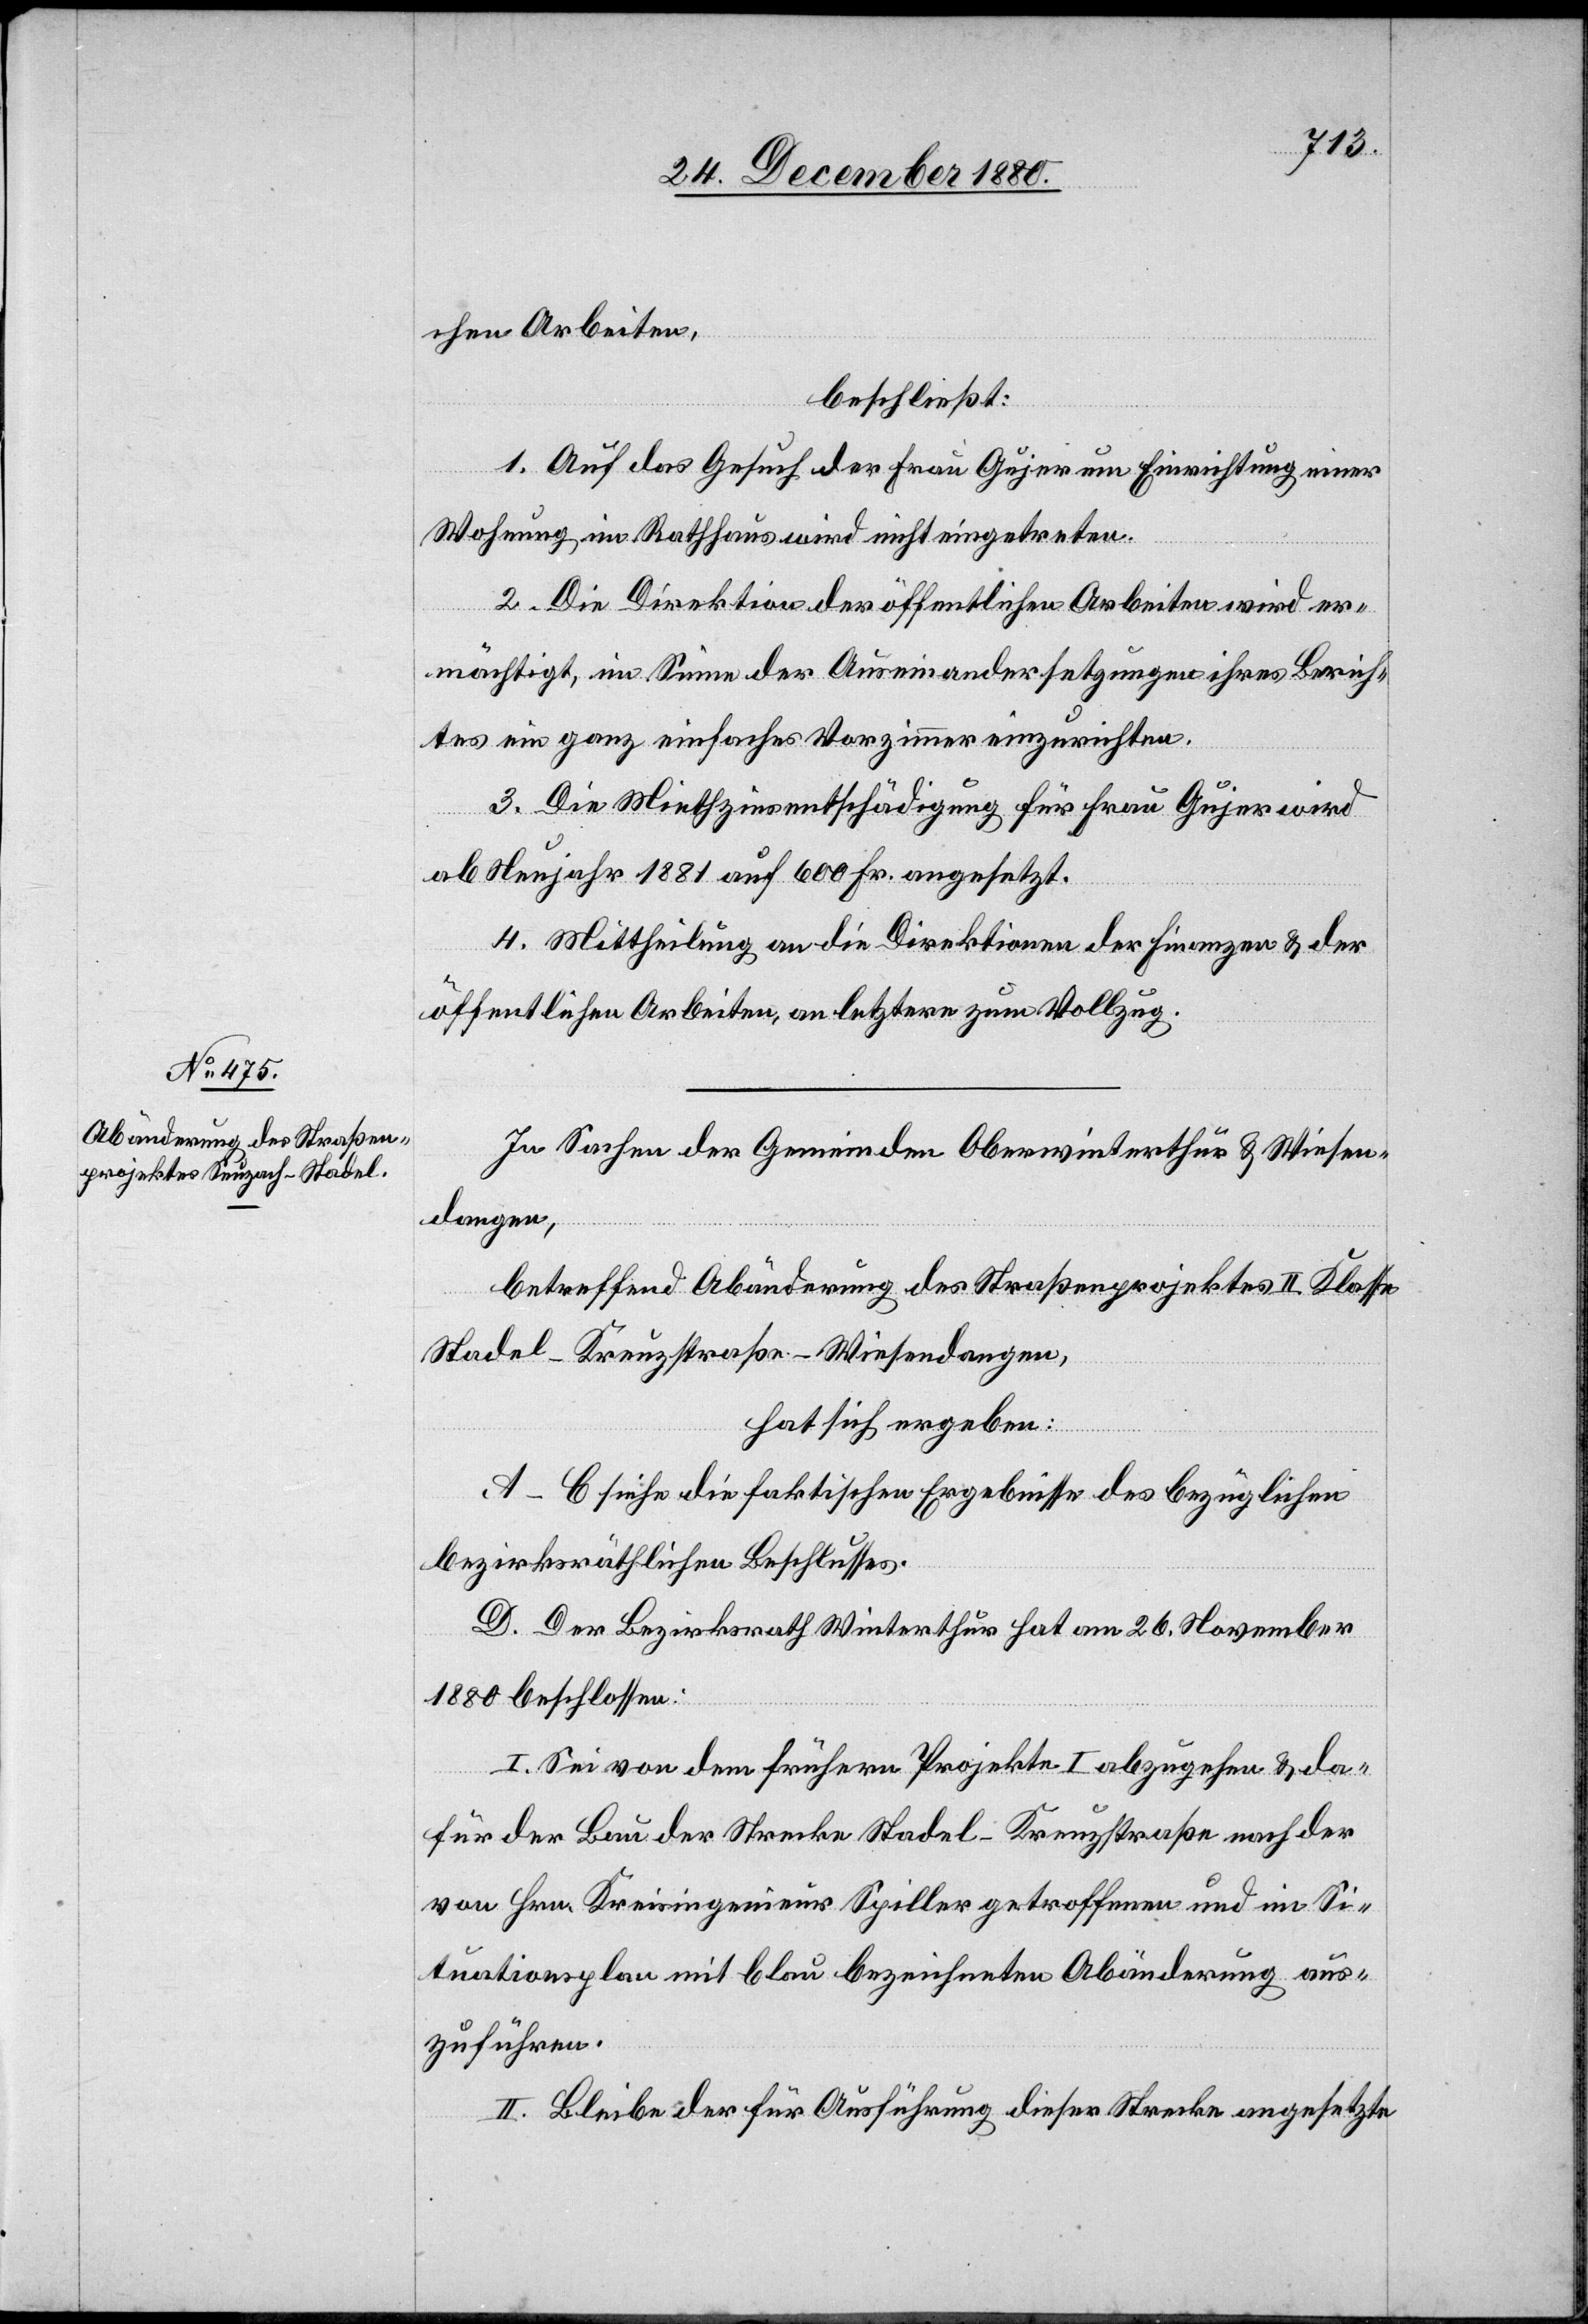
chen Arbeiten,
beschließt:
1. Auf das Gesuch der Frau Gujer um Einrichtung einer
Wohnung im Rathhaus wird nicht eingetreten.
2. Die Direktion der öffentlichen Arbeiten wird er¬
mächtigt, im Sinne der Auseinandersetzungen ihres Berich¬
tes ein ganz einfaches Vorzimmer einzurichten.
3. Die Miethzinsentschädigung für Frau Gujer wird
ab Neujahr 1881 auf 600 Fr. angesetzt.
4. Mittheilung an die Direktion der Finanzen & der
öffentlichen Arbeiten, an letztere zum Vollzug.
In Sachen der Gemeinden Oberwinterthur & Wiesen¬
dangen,
betreffend Abänderung des Straßenprojektes II. Klasse
hat sich ergeben:
A–C. Siehe die faktischen Ergebnisse des bezüglichen
bezirksräthlichen Beschlusses.
D. Der Bezirksrath Winterthur hat am 26. November
1880 beschlossen:
I. Sei von dem frühern Projekte I abzugehen & da¬
für der Bau der Strecke Stadel–Kreuzstraße nach der
von Hrn. Kreisingenieur Spiller getroffenen und in Si¬
tuationsplan mit blau bezeichneten Abänderung aus¬
zuführen.
II. Bleibe der für Ausführung dieser Strecke angesetzte